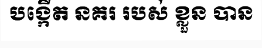
បង្កើត នគរ របស់ ខ្លួន បាន